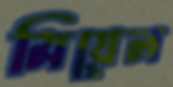
মিয়েল